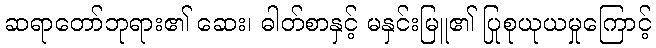
ဆရာတော်ဘုရား၏ ဆေး၊ ဓါတ်စာနှင့် မနှင်းမြူ၏ ပြုစုယုယမှုကြောင့်